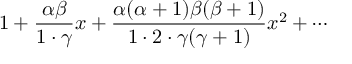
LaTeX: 1 + { \frac { \alpha \beta } { 1 \cdot \gamma } } x + { \frac { \alpha ( \alpha + 1 ) \beta ( \beta + 1 ) } { 1 \cdot 2 \cdot \gamma ( \gamma + 1 ) } } x ^ { 2 } + \cdots